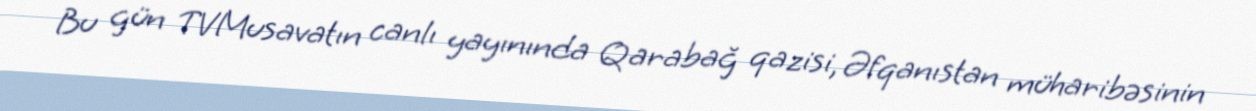
Bu gün TVMusavatın canlı yayınında Qarabağ qazisi, Əfqanıstan müharibəsinin